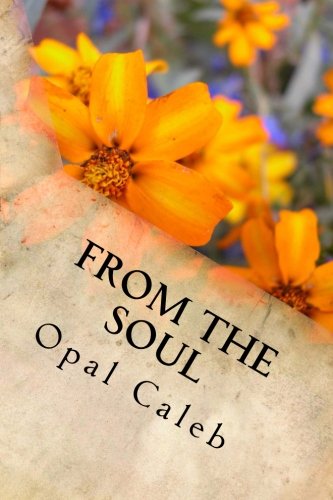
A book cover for From the Soul: My Haiku and My Senryu; Opal F. Caleb; Literature & Fiction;